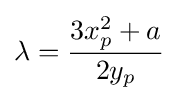
\lambda ={\frac {3x_{p}^{2}+a}{2y_{p}}}